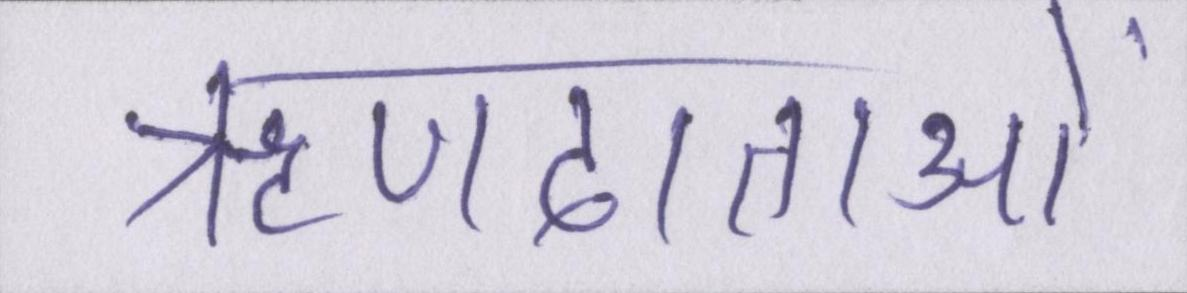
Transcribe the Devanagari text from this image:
ऋणदाताओं